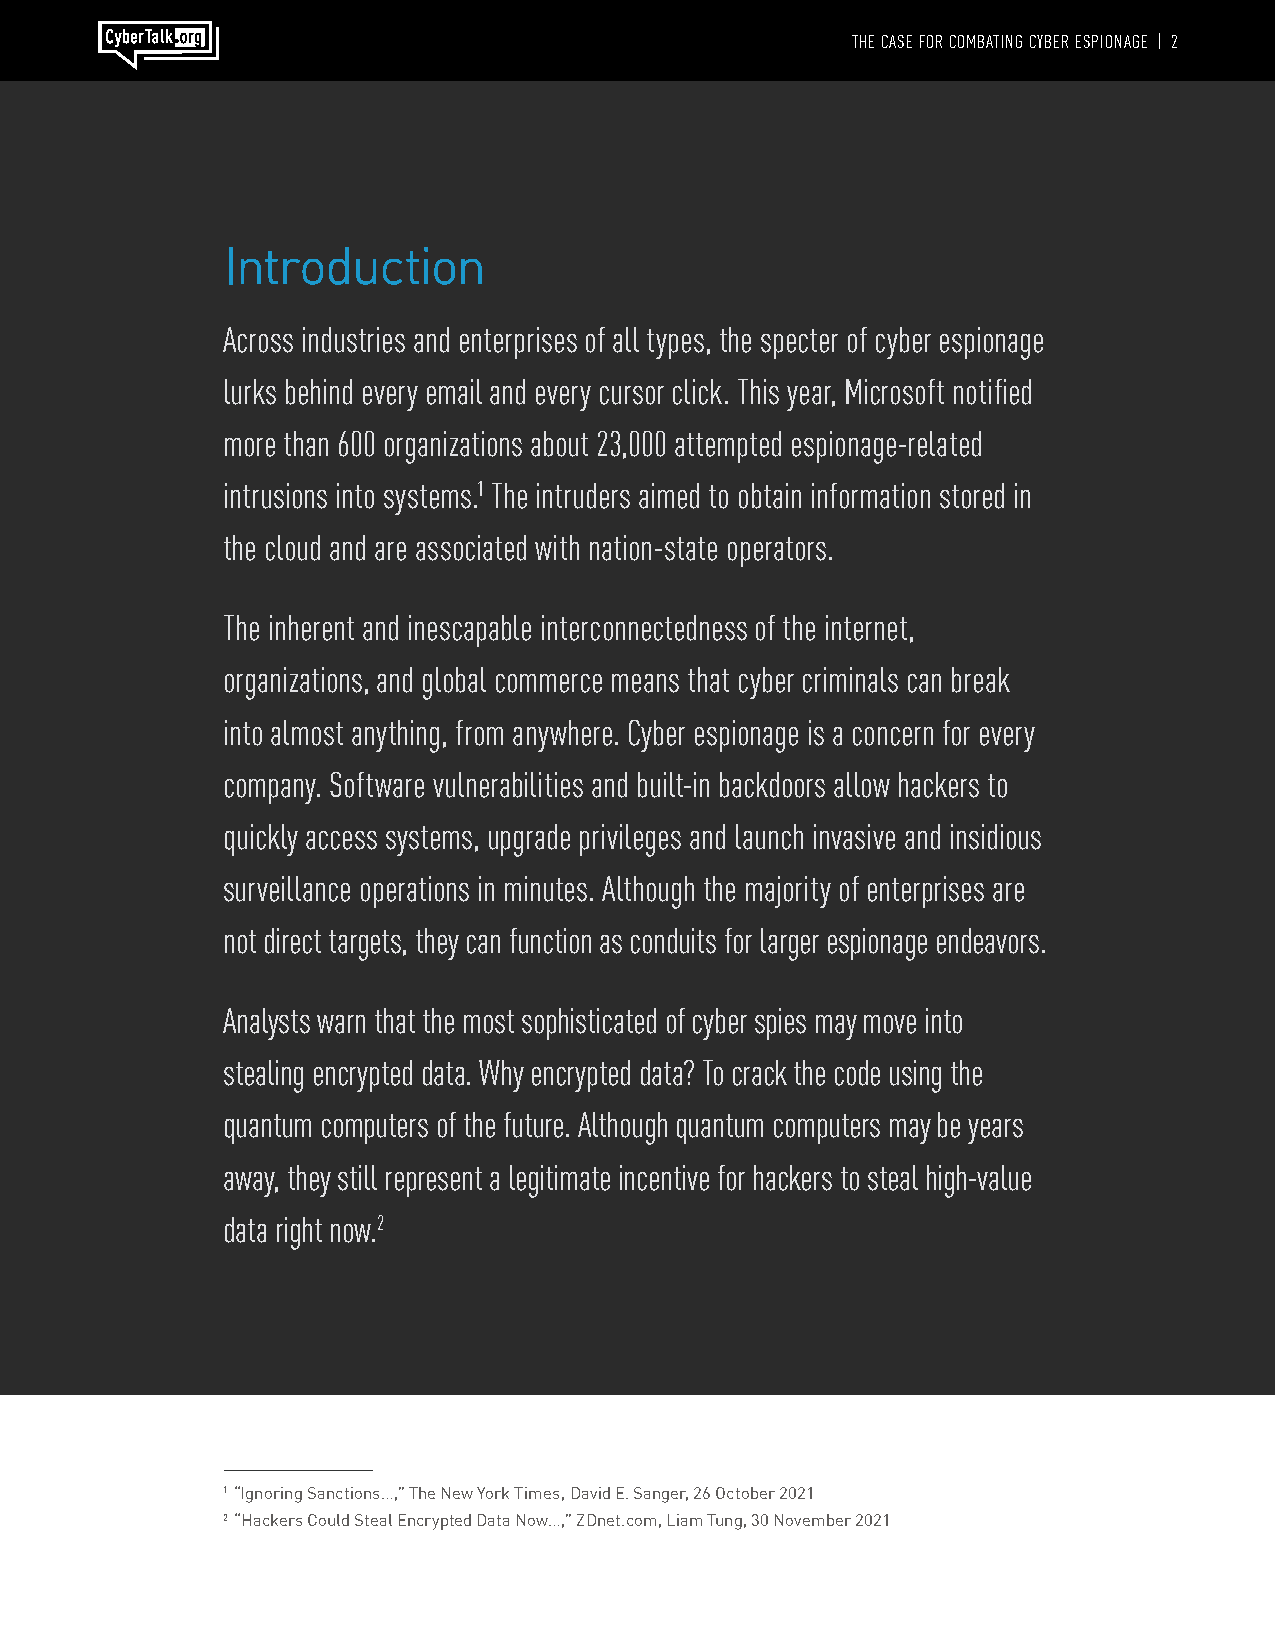
THE CASE FOR COMBATING CYBER ESPIONAGE | 2
 Introduction
 Across industries and enterprises of all types, the specter of cyber espionage
 lurks behind every email and every cursor click. This year, Microsoft notified
 more than 600 organizations about 23,000 attempted espionage-related
 intrusions into systems.1 The intruders aimed to obtain information stored in
 the cloud and are associated with nation-state operators.
 The inherent and inescapable interconnectedness of the internet,
 organizations, and global commerce means that cyber criminals can break
 into almost anything, from anywhere. Cyber espionage is a concern for every
 company. Software vulnerabilities and built-in backdoors allow hackers to
 quickly access systems, upgrade privileges and launch invasive and insidious
 surveillance operations in minutes. Although the majority of enterprises are
 not direct targets, they can function as conduits for larger espionage endeavors.
 Analysts warn that the most sophisticated of cyber spies may move into
 stealing encrypted data. Why encrypted data? To crack the code using the
 quantum computers of the future. Although quantum computers may be years
 away, they still represent a legitimate incentive for hackers to steal high-value
 data right now.2
 1 “Ignoring Sanctions…,” The New York Times, David E. Sanger, 26 October 2021
 2 “Hackers Could Steal Encrypted Data Now…,” ZDnet.com, Liam Tung, 30 November 2021